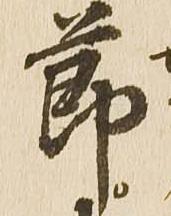
節